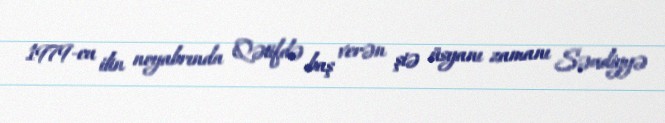
1979-cu ilin noyabrında Qətifdə baş verən şiə üsyanı zamanı Səudiyyə